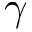
\gamma